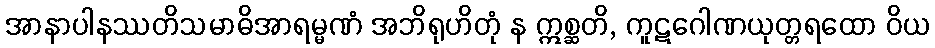
အာနာပါနဿတိသမာဓိအာရမ္မဏံ အဘိရုဟိတုံ န ဣစ္ဆတိ, ကူဋဂေါဏယုတ္တရထော ဝိယ